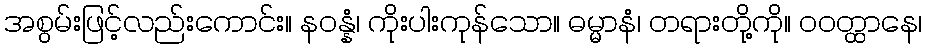
အစွမ်းဖြင့်လည်းကောင်း။ နဝန္နံ၊ ကိုးပါးကုန်သော။ ဓမ္မာနံ၊ တရားတို့ကို။ ဝဝတ္ထာနေ၊